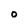
Character: 0